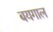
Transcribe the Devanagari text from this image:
बयगाल